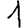
Digit: 1